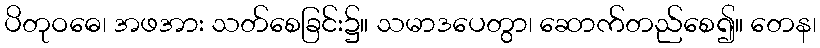
ပိတုဝဓေ၊ အဖအား သတ်စေခြင်း၌။ သမာဒပေတွာ၊ ဆောက်တည်စေ၍။ တေန၊